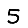
Digit: 5